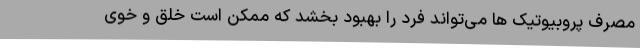
مصرف پروبیوتیک ها می‌تواند فرد را بهبود بخشد که ممکن است خلق و خوی